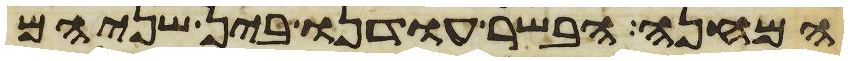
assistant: המחנה הבשר עודנו בין שניהם